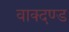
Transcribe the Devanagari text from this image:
वाक्दण्ड